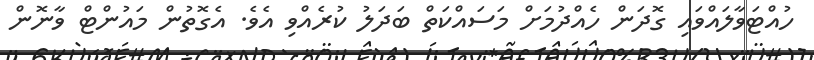
ހުއްޓަވާލައްވައި ގޮދަން ހެއްދުމަށް މަސައްކަތް ބަދަލު ކުރެއްވި އެވެ. އެގޮތުން މައުންޓް ވާނޮން